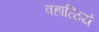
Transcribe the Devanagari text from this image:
वहाळिये